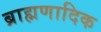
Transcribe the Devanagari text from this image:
ब्राह्मणादिक